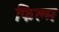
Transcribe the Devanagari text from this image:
फिल्म